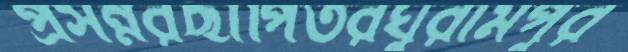
প্রসন্নরছাপিতরঘুরামপুর